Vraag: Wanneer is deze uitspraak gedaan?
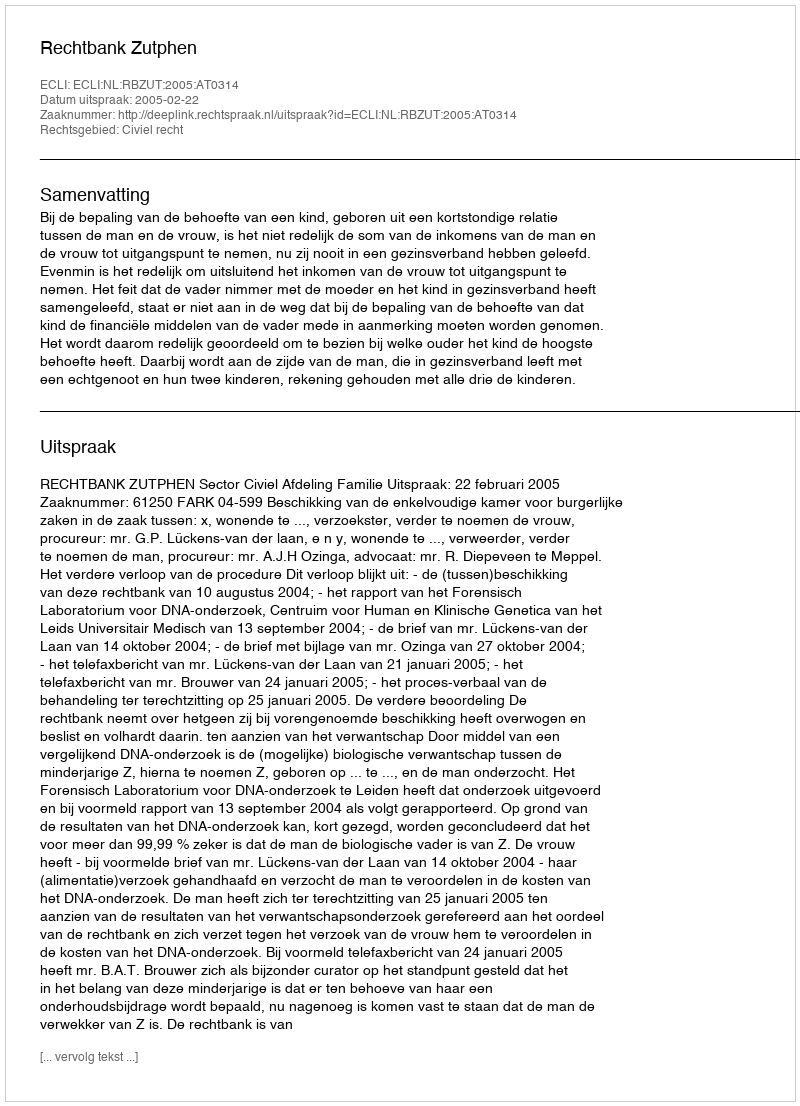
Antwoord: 2005-02-22